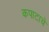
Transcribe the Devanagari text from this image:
कपाटाचे